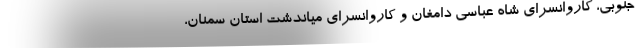
جنوبی، کاروانسرای شاه عباسی دامغان و کاروانسرای میاندشت استان سمنان،